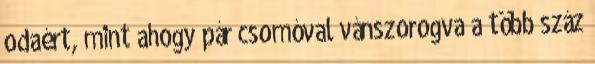
odaért, mint ahogy pár csomóval vánszorogva a több száz